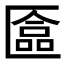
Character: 𫧗